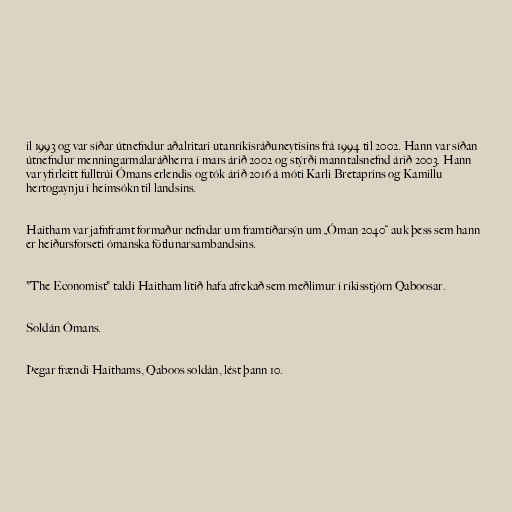
il 1993 og var síðar útnefndur aðalritari utanríkisráðuneytisins frá 1994 til 2002. Hann var síðan
útnefndur menningarmálaráðherra í mars árið 2002 og stýrði manntalsnefnd árið 2003. Hann
var yfirleitt fulltrúi Ómans erlendis og tók árið 2016 á móti Karli Bretaprins og Kamillu
hertogaynju í heimsókn til landsins.

Haitham var jafnframt formaður nefndar um framtíðarsýn um „Óman 2040“ auk þess sem hann
er heiðursforseti ómanska fötlunarsambandsins.

"The Economist" taldi Haitham lítið hafa afrekað sem meðlimur í ríkisstjórn Qaboosar.

Soldán Ómans.

Þegar frændi Haithams, Qaboos soldán, lést þann 10.